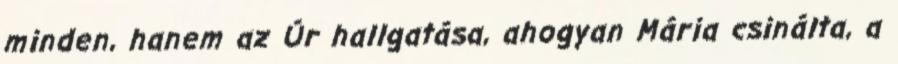
minden, hanem az Úr hallgatása, ahogyan Mária csinálta, a